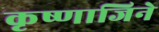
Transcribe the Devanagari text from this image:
कृष्णाजिने